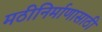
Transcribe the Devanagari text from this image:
मठीनिर्माणासाठी